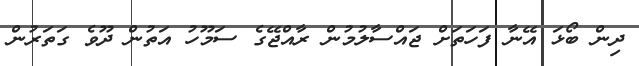
ދިން ބޯޅަ އޭނާ ފަހަތަށް ޖައްސާލުމުން ރާއްޖޭގެ ސަމޫހު އަތުން ދޫވެ ގަަތަރުން